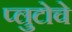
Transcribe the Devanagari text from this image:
प्लुटोचे